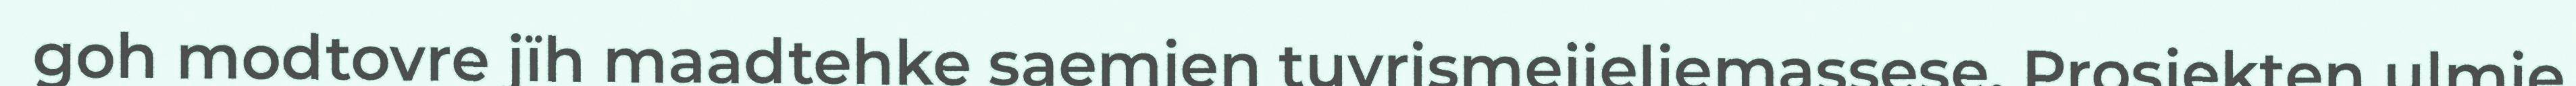
goh modtovre jïh maadtehke saemien tuvrismejieliemassese. Prosjekten ulmie